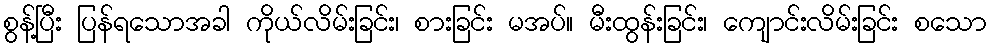
စွန့်ပြီး ပြန်ရသောအခါ ကိုယ်လိမ်းခြင်း၊ စားခြင်း မအပ်။ မီးထွန်းခြင်း၊ ကျောင်းလိမ်းခြင်း စသော